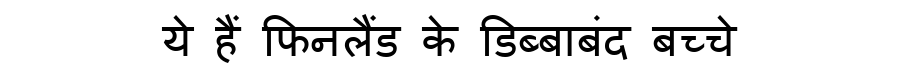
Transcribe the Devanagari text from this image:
ये हैं फिनलैंड के डिब्बाबंद बच्चे